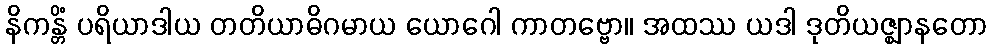
နိကန္တိံ ပရိယာဒါယ တတိယာဓိဂမာယ ယောဂေါ ကာတဗ္ဗော။ အထဿ ယဒါ ဒုတိယဇ္ဈာနတော